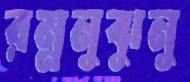
রম্ননুঝুনু